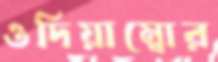
ওদিয়াম্বোর